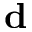
{ \bf d }